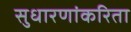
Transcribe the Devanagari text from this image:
सुधारणांकरिता